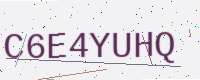
Text: C6E4YUHQ